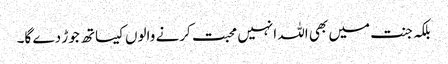
بلکہ جنت میں بھی اللہ انہیں محبت کرنے والوں کیساتھ جوڑ دے گا۔